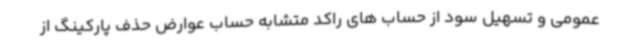
عمومی و تسهیل سود از حساب های راکد متشابه حساب عوارض حذف پارکینگ از